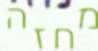
מחזה